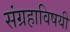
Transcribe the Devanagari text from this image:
संग्रहाविषयी